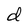
Character: d